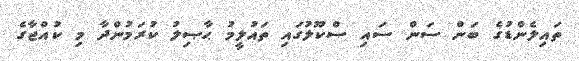
ތައިލެންޑުގެ ބަން ސަން ސައި ސްކޫލުގައި ތައުލީމު ޙާޞިލު ކުރަމުންދާ މި ކުއްޖާގެ